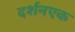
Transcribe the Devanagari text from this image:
दर्शनएक